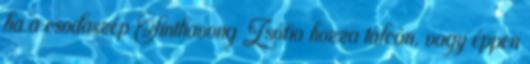
ha a csodaszép Sinthavong Zsófia hozza tálcán, vagy éppen